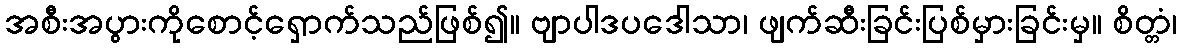
အစီးအပွားကိုစောင့်ရှောက်သည်ဖြစ်၍။ ဗျာပါဒပဒေါသာ၊ ဖျက်ဆီးခြင်းပြစ်မှားခြင်းမှ။ စိတ္တံ၊